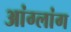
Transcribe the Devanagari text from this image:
आंग्लांग